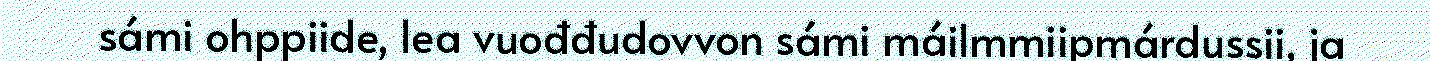
sámi ohppiide, lea vuođđudovvon sámi máilmmiipmárdussii, ja